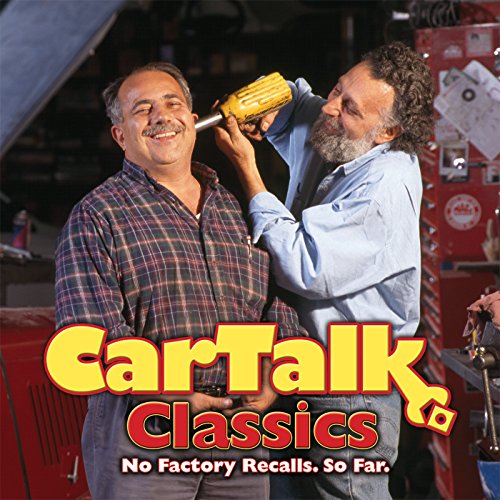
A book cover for Car Talk Classics: No Factory Recalls. So Far.; Tom Magliozzi; Humor & Entertainment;